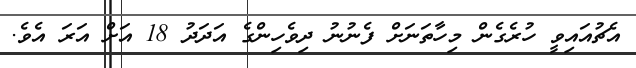
އެޗުއައިވީ ހުރެގެން މިހާތަނަށް ފެނުނު ދިވެހިންގެ އަދަދު 18 އަށް އަރަ އެވެ.